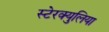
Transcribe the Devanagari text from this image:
स्टेरक्युलिया